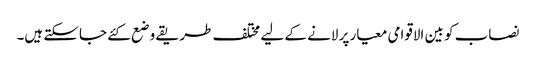
نصاب کو بین الاقوامی معیار پر لانے کے لیے مختلف طریقے وضع کئے جاسکتے ہیں۔